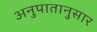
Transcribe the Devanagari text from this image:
अनुपातानुसार